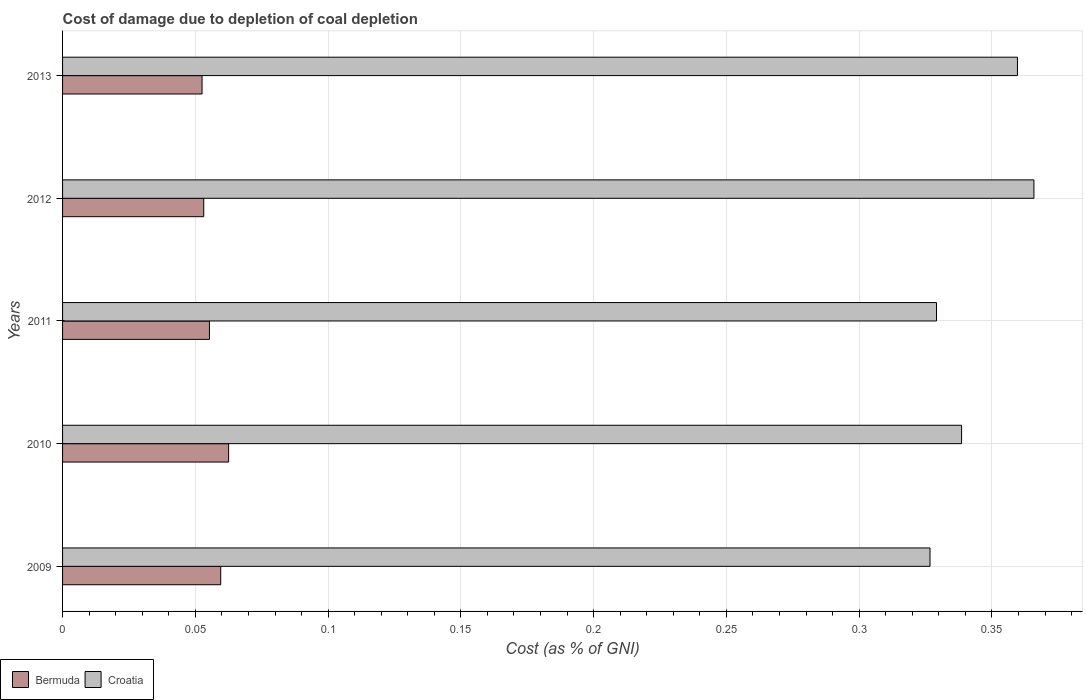
| Years | Bermuda | Croatia |
 | --- | --- | --- |
 | 2009 | 0.0596 | 0.327 |
 | 2010 | 0.0625 | 0.339 |
 | 2011 | 0.0553 | 0.329 |
 | 2012 | 0.0532 | 0.366 |
 | 2013 | 0.0525 | 0.36 |